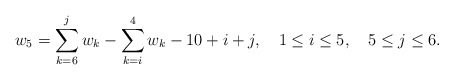
\begin{align*}w_5 = \sum_{k=6}^{j} w_k -\sum_{k=i}^{4} w_k -10 + i +j,~~~1\leq i\leq 5,~~~ 5\leq j \leq 6.\end{align*}